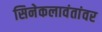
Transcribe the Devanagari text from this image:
सिनेकलावंतांवर